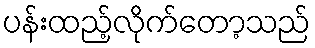
ပန်းထည့်လိုက်တော့သည်